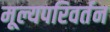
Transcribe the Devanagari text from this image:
मूल्यपरिवर्तन